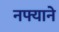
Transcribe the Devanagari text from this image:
नफ्याने